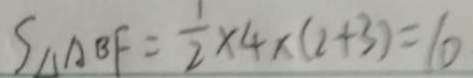
S _ { \Delta A B F } = \frac { 1 } { 2 } \times 4 \times ( 2 + 3 ) = 1 0